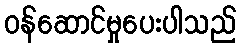
ဝန်ဆောင်မှုပေးပါသည်